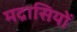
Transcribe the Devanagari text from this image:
मद्रासियों